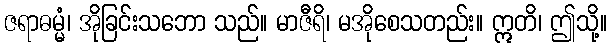
ဇရာဓမ္မံ၊ အိုခြင်းသဘော သည်။ မာဇီရိ၊ မအိုစေသတည်း။ ဣတိ၊ ဤသို့။